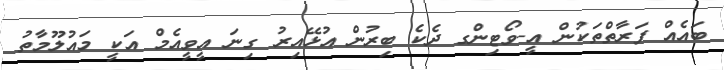
ބައެއް ފަރާތްތަކުން އީ-ވޯޓިންގ ދެކެ ބިރުން އުޅޭއިރު ގިނަ އީވީއެމް އަކީ މައުލޫމާތު